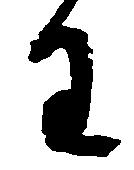
わ